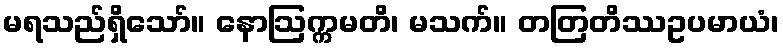
မရသည်ရှိသော်။ နောဩက္ကမတိ၊ မသက်။ တတြတိဿဥပမာယံ၊